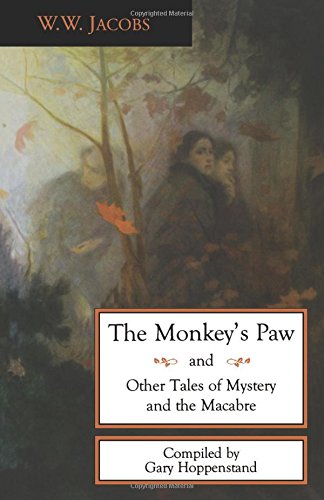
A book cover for The Monkey's Paw and Other Tales of Mystery and the Macabre; W.W. Jacobs; Literature & Fiction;